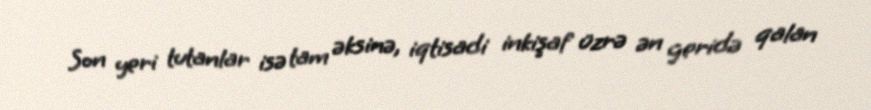
Son yeri tutanlar isə tam əksinə, iqtisadi inkişaf üzrə ən geridə qalan